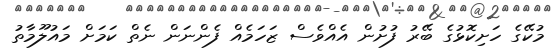
މުކޭގެ ހަށިކޮޅުގެ ބޭރު ފުށުން އެއްވެސް ޒަހަމެއް ފެންނަން ނެތް ކަމަށް މައުލޫމާތު